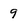
Character: 9